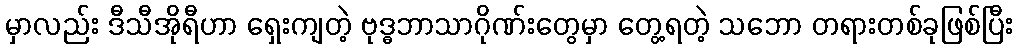
မှာလည်း ဒီသီအိုရီဟာ ရှေးကျတဲ့ ဗုဒ္ဓဘာသာဂိုဏ်းတွေမှာ တွေ့ရတဲ့ သဘော တရားတစ်ခုဖြစ်ပြီး